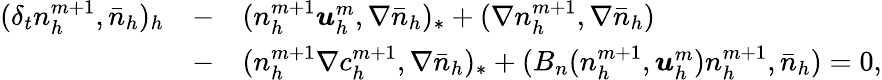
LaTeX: \begin{array}{rcl}{(\delta_{t}n_{h}^{m+1},\bar{n}_{h})_{h}}&{-}&{(n_{h}^{m+1}{\boldsymbol u}_{h}^{m},\nabla\bar{n}_{h})_{*}+(\nabla n_{h}^{m+1},\nabla\bar{n}_{h})}\\ &{-}&{(n_{h}^{m+1}\nabla c_{h}^{m+1},\nabla\bar{n}_{h})_{*}+(B_{n}(n_{h}^{m+1},{\boldsymbol u}_{h}^{m})n_{h}^{m+1},\bar{n}_{h})=0,}\end{array}